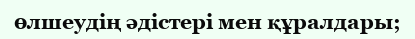
өлшеудің әдістері мен құралдары;